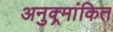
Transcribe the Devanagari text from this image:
अनुक्र्मांकित